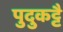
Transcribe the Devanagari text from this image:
पुदुकट्टै